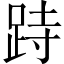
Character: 跱